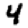
Digit: 4